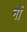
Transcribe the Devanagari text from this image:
नों